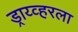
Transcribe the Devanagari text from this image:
ड्राय्व्हरला